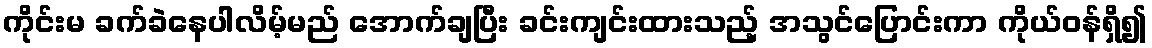
ကိုင်းမ ခက်ခဲနေပါလိမ့်မည် အောက်ချပြီး ခင်းကျင်းထားသည့် အသွင်ပြောင်းကာ ကိုယ်ဝန်ရှိ၍